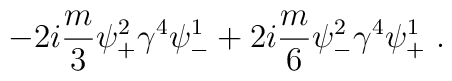
-2i \frac{m}{3} \psi^2_+ \gamma^4 \psi^1_-+2i \frac{m}{6} \psi^2_- \gamma^4 \psi^1_+ ~.